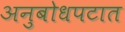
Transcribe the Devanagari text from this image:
अनुबोधपटात